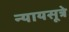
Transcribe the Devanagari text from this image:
न्यायसूत्रे